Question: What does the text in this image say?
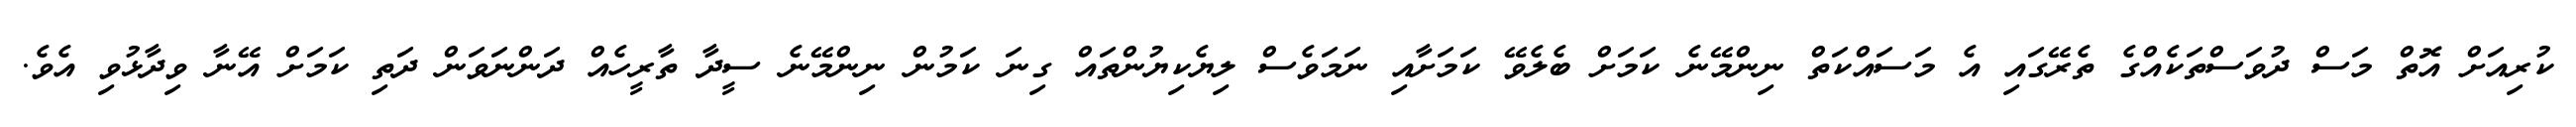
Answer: ކުރިއަށް އޮތް މަސް ދުވަސްތަކެއްގެ ތެރޭގައި އެ މަސައްކަތް ނިންމޭނެ ކަމަށް ބެލެވޭ ކަމަށާއި ނަމަވެސް ލިޔެކިޔުންތައް ގިނަ ކަމުން ނިންމޭނެ ސީދާ ތާރީހެއް ދަންނަވަން ދަތި ކަމަށް އޭނާ ވިދާޅުވި އެވެ.